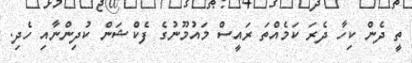
ތީ ދެން ކިހާ ދެރަ ކަމެއްތަ ރައީސް މައުމޫނުގެ ފެކްޝަން ކުދިންނާއި ހެދި.